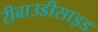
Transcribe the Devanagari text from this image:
रीबाउडीसाइड